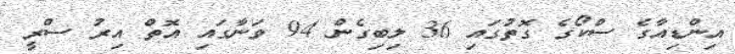
އިންޑިއާގެ ސްކޯގެ ގޮތުގައި 36 ލިބިގެން 94 ވަނާގައި އޮތް އިރު ސްރީ